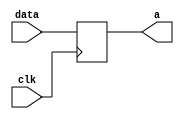
`timescale 1ns/1ps
module acc(a,data,clk);// a is the accumulator ouput and data is the input to the accumulator
  input [7:0] data;
  input clk;
  output reg [7:0] a;
  reg [7:0] r;
  always@(posedge clk)
  begin
    r=data;
    a=r;
  end
endmodule